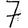
Digit: 7